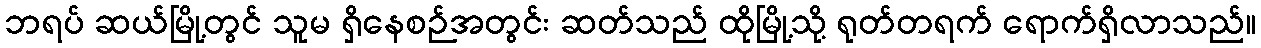
ဘရပ် ဆယ်မြို့တွင် သူမ ရှိနေစဉ်အတွင်း ဆတ်သည် ထိုမြို့သို့ ရုတ်တရက် ရောက်ရှိလာသည်။